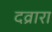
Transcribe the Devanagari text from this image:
दव्रारा